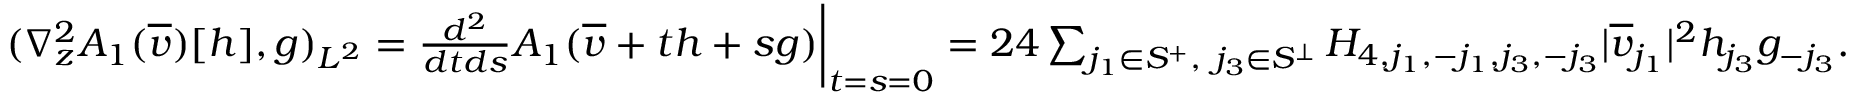
\begin{array} { r } { ( \nabla _ { z } ^ { 2 } A _ { 1 } ( \overline { { v } } ) [ h ] , g ) _ { L ^ { 2 } } = \frac { d ^ { 2 } } { d t d s } A _ { 1 } ( \overline { { v } } + t h + s g ) \bigg | _ { t = s = 0 } = 2 4 \sum _ { j _ { 1 } \in S ^ { + } , \ j _ { 3 } \in S ^ { \perp } } H _ { 4 , j _ { 1 } , - j _ { 1 } , j _ { 3 } , - j _ { 3 } } | \overline { { v } } _ { j _ { 1 } } | ^ { 2 } h _ { j _ { 3 } } g _ { - j _ { 3 } } . } \end{array}